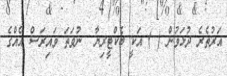
އަރުތެރެ ދުޅަވުން ( ) އަކީ ބެކްޓީރިޔާ  ނުވަތަ ވައިރަސް އެއްގެ